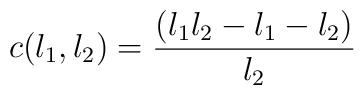
c(l_{1},l_{2}) = \frac{(l_{1}l_{2}-l_{1}-l_{2})}{l_{2}}